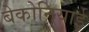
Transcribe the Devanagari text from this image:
बेकोनियाई